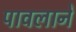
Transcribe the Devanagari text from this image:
पावलानें